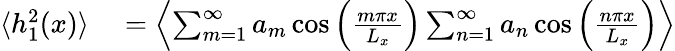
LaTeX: \begin{array}{rl}{\langle h_{1}^{2}(x)\rangle}&{{}=\left\langle\sum_{m=1}^{\infty}a_{m}\cos\left(\frac{m\pi x}{L_{x}}\right)\sum_{n=1}^{\infty}a_{n}\cos\left(\frac{n\pi x}{L_{x}}\right)\right\rangle}\end{array}